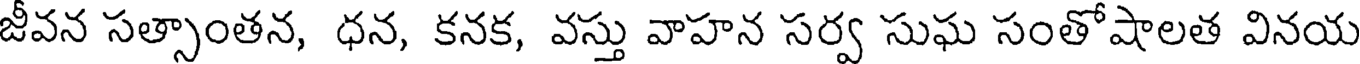
జీవన సత్సాంతన, ధన, కనక, వస్తు వాహన సర్వ సుఘ సంతోషాలత వినయ